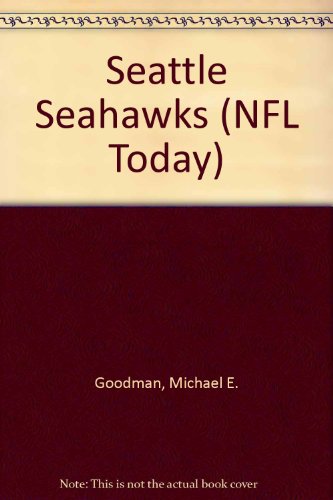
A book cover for Seattle Seahawks (NFL Today); Michael E. Goodman; Teen & Young Adult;